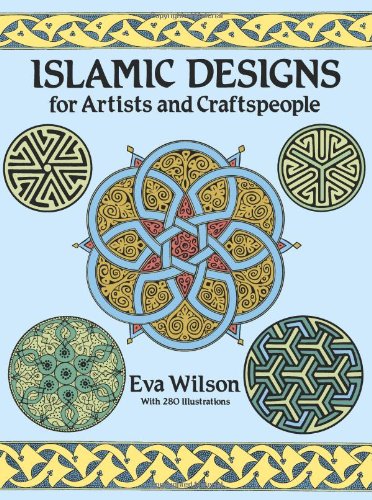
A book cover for Islamic Designs for Artists and Craftspeople (Dover Pictorial Archive); Eva Wilson; Arts & Photography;